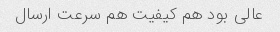
عالی بود هم کیفیت هم سرعت ارسال